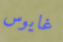
غايوس